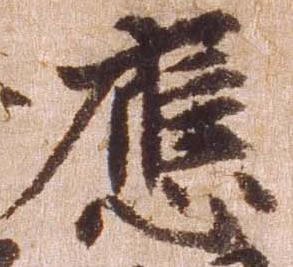
応